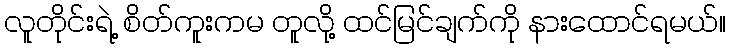
လူတိုင်းရဲ့ စိတ်ကူးကမ တူလို့ ထင်မြင်ချက်ကို နားထောင်ရမယ်။